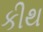
કીથ